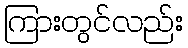
ကြားတွင်လည်း